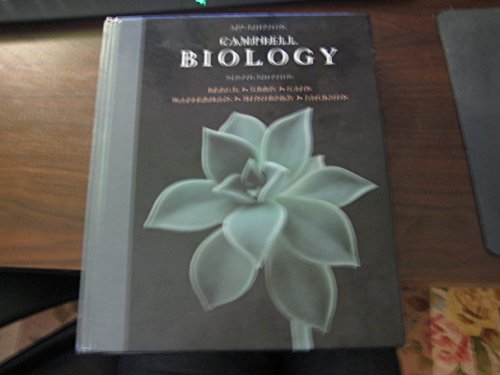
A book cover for Campbell Biology AP Ninth Edition (Biology, 9th Edition); Teen & Young Adult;